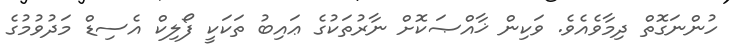
ހުންނަގޮތް ދިމާވެއެވެ. ވަކިން ޚާއްޞަކޮށް ނާރުތަކުގެ ޢައިބު ތަކަކީ ފޯލިކް އެސިޑް މަދުވުމުގެ